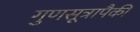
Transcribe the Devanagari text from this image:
गुणसूत्रापैकी